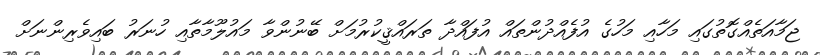
ޖަމާއަތެއްގޮތުގައި މަހާއި މަހުގެ އުފެއްދުންތައް އުފައްދާ ތަރައްޤީކުރުމަށް ބޭނުންވާ މައުލޫމާތާއި ހުނަރު ބައިވެރިންނަށް